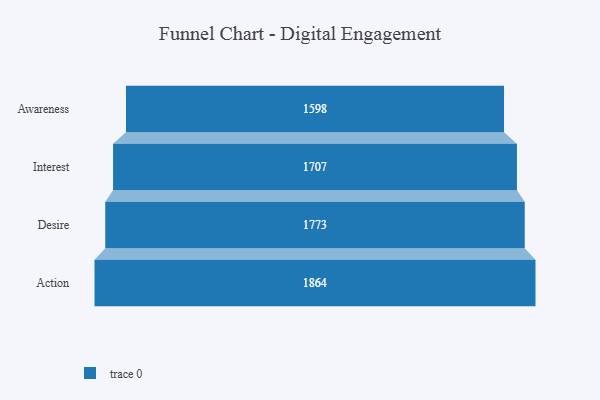
{"axis": {"x": "Stage", "y": "Value"}, "legend": [""], "data": [{"x": "Awareness", "y": 1598.0, "type": ""}, {"x": "Interest", "y": 1707.0, "type": ""}, {"x": "Desire", "y": 1773.0, "type": ""}, {"x": "Action", "y": 1864.0, "type": ""}]}